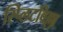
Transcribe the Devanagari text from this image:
स्प्लिटविल्ला